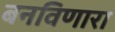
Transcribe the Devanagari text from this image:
बनविणारा